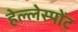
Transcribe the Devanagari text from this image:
हेल्लेस्पोंट